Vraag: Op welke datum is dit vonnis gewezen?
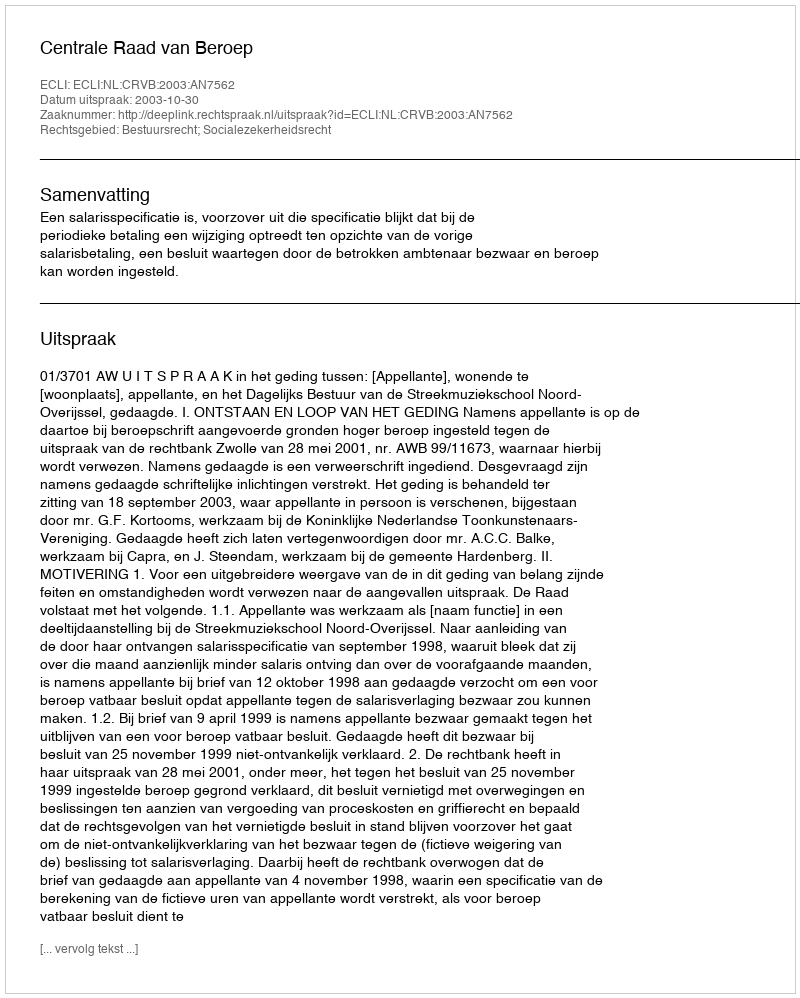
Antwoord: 2003-10-30